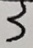
3